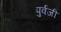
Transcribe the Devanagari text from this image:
पुर्वजी